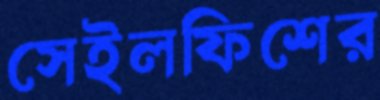
সেইলফিশের